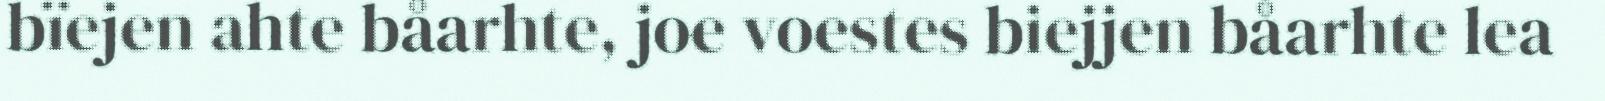
bïejen ahte båarhte, joe voestes biejjen båarhte lea